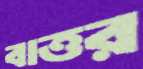
বাত্তর